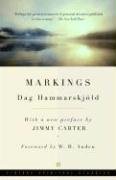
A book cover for Markings; Dag Hammarskjold; Law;